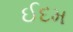
ઈદમ